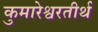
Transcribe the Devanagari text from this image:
कुमारेश्वरतीर्थ